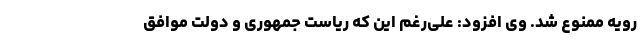
رویه ممنوع شد. وی افزود: علی‌رغم این که ریاست جمهوری و دولت موافق